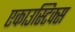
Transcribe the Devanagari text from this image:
एकाउस्टिक्स